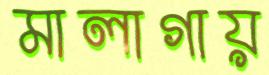
মালাগায়